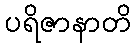
ပရိဇာနာတိ